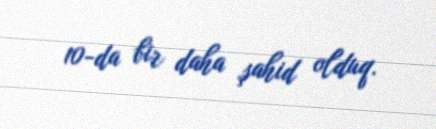
10-da bir daha şahid olduq.